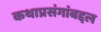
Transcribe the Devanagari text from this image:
कथाप्रसंगांबद्दल